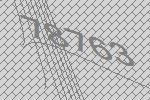
78763